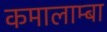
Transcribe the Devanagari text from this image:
कमालाम्बा